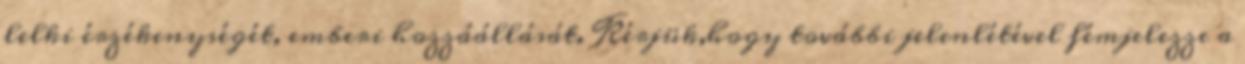
lelki érzékenységét, emberi hozzáállását. Kérjük,hogy további jelenlétével fémjelezze a